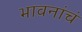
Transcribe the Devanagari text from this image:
भावनांचं